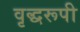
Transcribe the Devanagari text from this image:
वृद्धरूपी